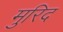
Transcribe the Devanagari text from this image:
मुरिद